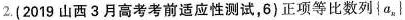
2.(2019山西3月高考考前适应性测试，6)正项等比数列{a_{n}}